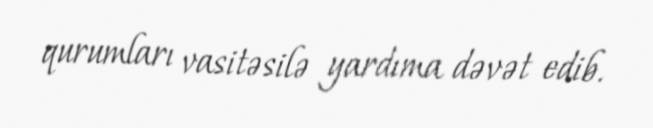
qurumları vasitəsilə yardıma dəvət edib.